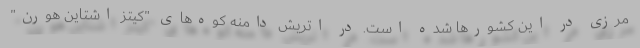
مرزی در این کشورها شده است. در اتریش دامنه کوه‌های "کیتز اشتاین هورن"